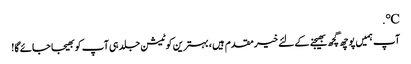
℃.
آپ ہمیں پوچھ گچھ بھیجنے کے لئے خیرمقدم ہیں ، بہترین کوٹیشن جلد ہی آپ کو بھیجا جائے گا!